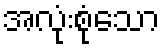
အလုံးစုံသော